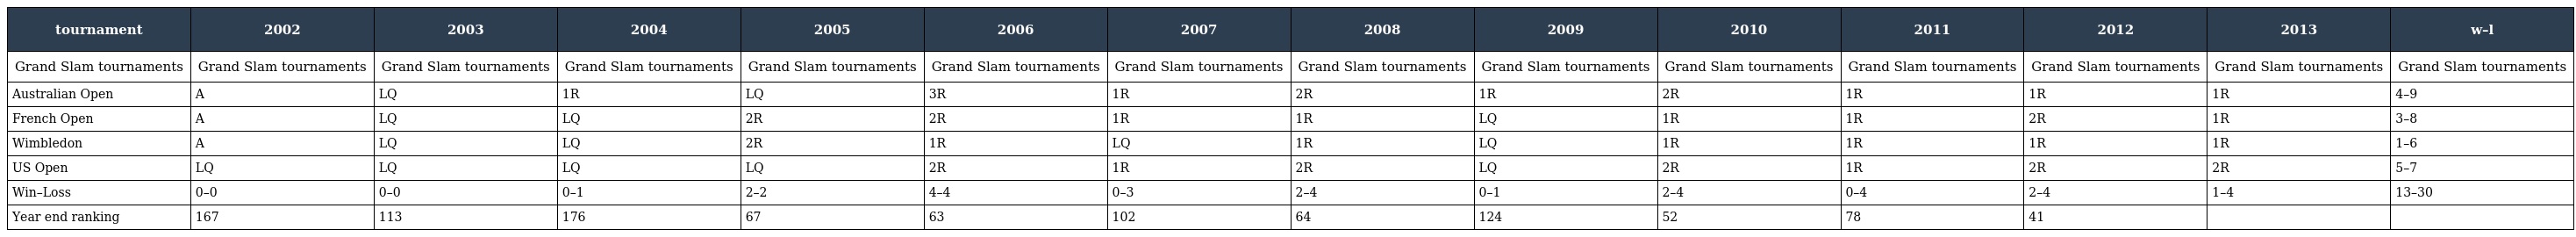
| tournament | 2002 | 2003 | 2004 | 2005 | 2006 | 2007 | 2008 | 2009 | 2010 | 2011 | 2012 | 2013 | w–l |
 | --- | --- | --- | --- | --- | --- | --- | --- | --- | --- | --- | --- | --- | --- |
 | Grand Slam tournaments | Grand Slam tournaments | Grand Slam tournaments | Grand Slam tournaments | Grand Slam tournaments | Grand Slam tournaments | Grand Slam tournaments | Grand Slam tournaments | Grand Slam tournaments | Grand Slam tournaments | Grand Slam tournaments | Grand Slam tournaments | Grand Slam tournaments | Grand Slam tournaments |
 | Australian Open | A | LQ | 1R | LQ | 3R | 1R | 2R | 1R | 2R | 1R | 1R | 1R | 4–9 |
 | French Open | A | LQ | LQ | 2R | 2R | 1R | 1R | LQ | 1R | 1R | 2R | 1R | 3–8 |
 | Wimbledon | A | LQ | LQ | 2R | 1R | LQ | 1R | LQ | 1R | 1R | 1R | 1R | 1–6 |
 | US Open | LQ | LQ | LQ | LQ | 2R | 1R | 2R | LQ | 2R | 1R | 2R | 2R | 5–7 |
 | Win–Loss | 0–0 | 0–0 | 0–1 | 2–2 | 4–4 | 0–3 | 2–4 | 0–1 | 2–4 | 0–4 | 2–4 | 1–4 | 13–30 |
 | Year end ranking | 167 | 113 | 176 | 67 | 63 | 102 | 64 | 124 | 52 | 78 | 41 |  |  |